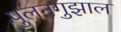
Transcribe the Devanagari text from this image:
पुलनगुझाल